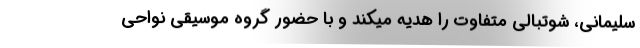
سلیمانی، شوتبالی متفاوت را هدیه میکند و با حضور گروه موسیقی نواحی